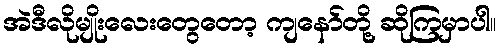
အဲဒီလိုမျိုးလေးတွေတော့ ကျနော်တို့ ဆိုကြမှာပါ။